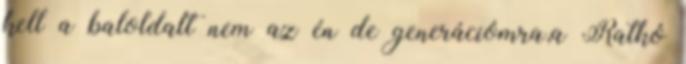
kell a baloldalt nem az én de generációmra,a Ratkó